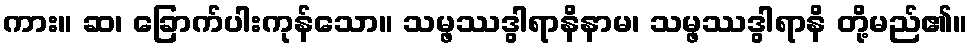
ကား။ ဆ၊ ခြောက်ပါးကုန်သော။ သမ္ဖဿဒွါရာနိနာမ၊ သမ္ဖဿဒွါရာနိ တို့မည်၏။